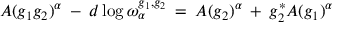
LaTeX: A ( g _ { 1 } g _ { 2 } ) ^ { \alpha } \: - \: d \log \omega _ { \alpha } ^ { g _ { 1 } , g _ { 2 } } \: = \: A ( g _ { 2 } ) ^ { \alpha } \: + \: g _ { 2 } ^ { * } A ( g _ { 1 } ) ^ { \alpha }